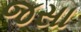
જસા